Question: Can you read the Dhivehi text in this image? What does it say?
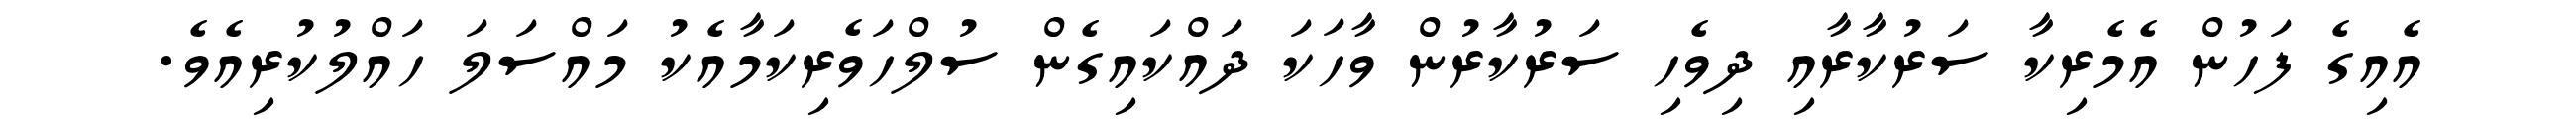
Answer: އެއިގެ ފަހުން އެމެރިކާ ސަރުކާރާއި ދިވެހި ސަރުކާރުން ވާހަކަ ދައްކައިގެން ސުލްހަވެރިކަމާއެކު މައްސަލަ ހައްލުކުރިއެވެ.